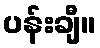
ပန်းချီ။